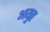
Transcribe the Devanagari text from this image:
आयुत